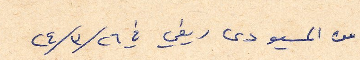
من المسيو دى ريفي في ٢٦/ ٣/ ٢٤